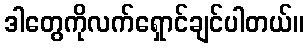
ဒါတွေကိုလက်ရှောင်ချင်ပါတယ်။